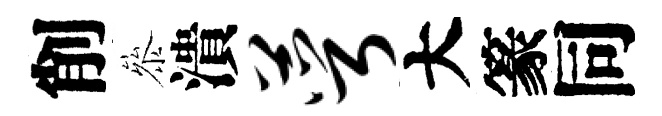
削叅潰萼大篆同